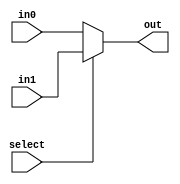
module mux_2_2(out,select,in0,in1);
    input select;
    input [1:0] in0, in1;
    output [1:0] out;
    assign out = select ? in1 : in0;
endmodule